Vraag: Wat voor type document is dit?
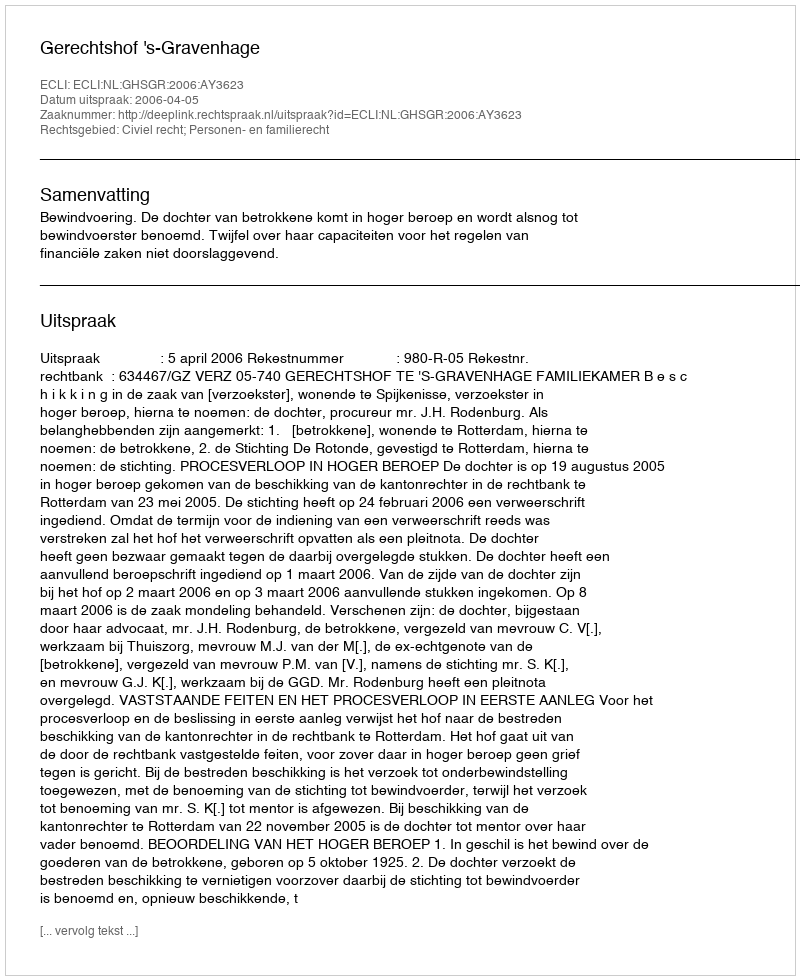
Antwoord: Uitspraak